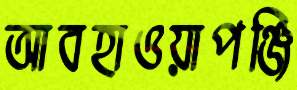
আবহাওয়াপঞ্জি